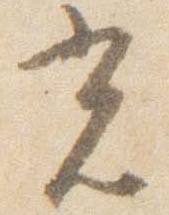
光